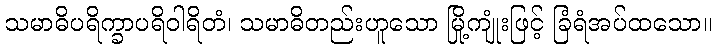
သမာဓိပရိက္ခာပရိဝါရိတံ၊ သမာဓိတည်းဟူသော မြို့ကျုံးဖြင့် ခြံရံအပ်ထသော။